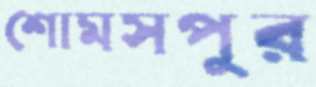
শোমসপুর